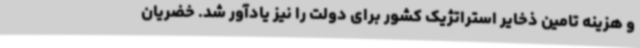
و هزینه تامین ذخایر استراتژیک کشور برای دولت را نیز یادآور شد. خضریان